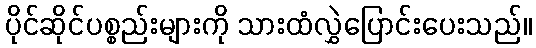
ပိုင်ဆိုင်ပစ္စည်းများကို သားထံလွှဲပြောင်းပေးသည်။